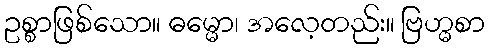
ဥစ္စာဖြစ်သော။ ဓမ္မော၊ အလေ့တည်း။ ဗြဟ္မစာ